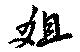
爼